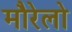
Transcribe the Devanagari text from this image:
मौरेलो